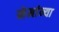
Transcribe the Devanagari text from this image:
नेमांन्या